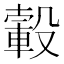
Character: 𣫂